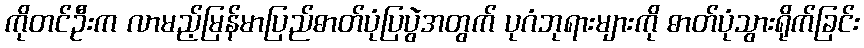
ကိုတင်ဦးက လာမည့်မြန်မာပြည်ဓာတ်ပုံပြပွဲအတွက် ပုဂံဘုရားများကို ဓာတ်ပုံသွားရိုက်ခြင်း